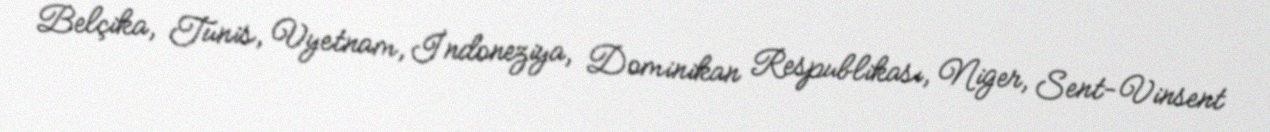
Belçika, Tunis, Vyetnam, İndoneziya, Dominikan Respublikası, Niger, Sent-Vinsent